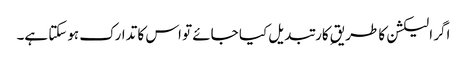
اگر الیکشن کا طریقِ کار تبدیل کیا جائے تو اس کا تدارک ہوسکتا ہے۔